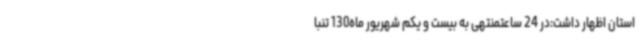
استان اظهار داشت:در 24 ساعتمنتهی به بیست و یکم شهریور ماه130 تنبا